Indian journal of veterinary science and animal husbandry - Volume 4,
Year: 1934
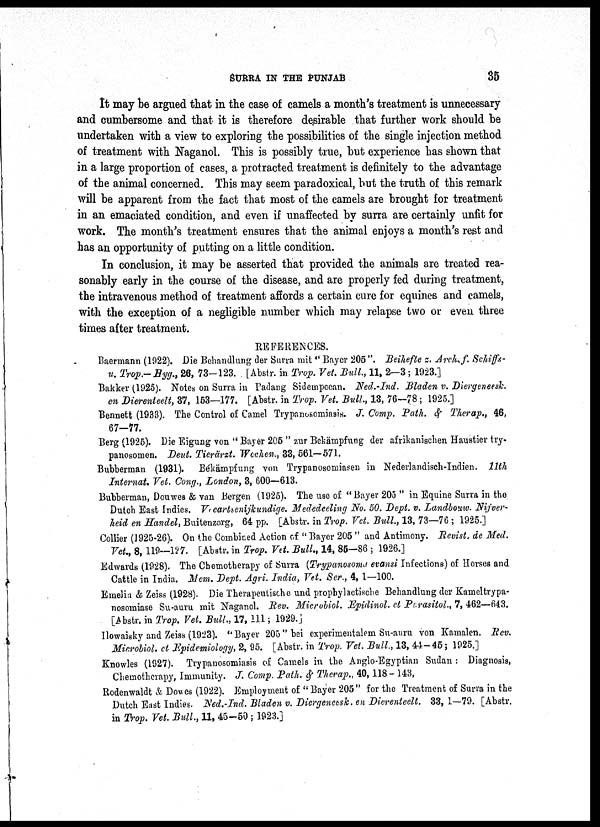
SURRA IN
THE
PUNJAB
35
It may be argued that in the case of camels a month's treatment is unnecessary
and cumbersome and that it is therefore desirable that further work should be
undertaken with a view to exploring the possibilities of the single injection method
of treatment with Naganol. This is possibly true, but experience has shown that
in a large proportion of cases, a protracted treatment is definitely to the advantage
of the animal concerned. This may seem paradoxical, but the truth of this remark
will be apparent from the fact that most of the camels are brought for treatment
in an emaciated condition, and even if unaffected by surra are certainly unfit for
work. The month's treatment ensures that the animal enjoys a month's rest and
has an opportunity of putting on a little condition.
In conclusion, it may be asserted that provided the animals are treated rea-
sonably early in the course of the disease, and are properly fed during treatment,
the intravenous method of treatment affords a certain cure for equines and camels,
with the exception of a negligible number which may relapse two or even three
times after treatment.
REFERENCES.
Baermann (1922). Die Behandlung der Surra mit " Bayer 205 ". Beihefte z. Arch. f. Schiffs¬
u. Trop.-Hyg., 26, 73-123. [Abstr. in Trop. Vet Bull., 11, 2-3; 1923.]
Bakker (1925). Notes on Surra in Padang Sidempoean. Ned.-Ind. Bladen v. Diergeneesk.
en Dierenteelt, 37, 153—177. [Abstr. in Trop. Vet. Bull., 13, 76—78 ; 1925.]
Bennett (1933). The Control of Camel Trypanosomiasis. J. Comp. Path. & Therap., 46,
67-77.
Berg (1925). Die Eigung von " Bayer 205 " zur Bekämpfung der afrikanischen Haustier try-
panosomen. Deut. Tierärzt. Wochen., 33, 561—571.
Bubberman (1931). Békämpfung von Trypanosomiasen in Nederlandisch-Indien. 11th
Internat. Vet. Cong., London, 3, 600—613.
Bubberman, Douwes & van Bergen (1925). The use of "Bayer 205 " in Equine Surra in the
Dutch East Indies. Veartsenijkundige. Mededeeling No. 50. Dept. v. Landbouw. Nijver-
heid en Handel, Buitenzorg, 64 pp. [Abstr. in Trop. Vet. Bull., 13, 73—76 ; 1925.]
Collier (1925-26). On the Combined Action of " Bayer 205 " and Antimony. Revist. de Med.
Vet., 8, 119—127. [Abstr. in Trop. Vet. Bull., 14, 85-86 ; 1926.]
Edwards (1928). The Chemotherapy of Surra (Trypanosoma evansi Infections) of Horses and
Cattle in India. Mem. Dept. Agri. India, Vet. Ser., 4, 1—100.
Emelia & Zeiss (1928). Die Therapeutische and prophylactische Behandlung der Kameltrypa¬
nosomiase Su-auru mit Naganol. Rev. Microbiol. Epidinol. et Parasitol., 7, 462—643.
[Abstr. in Trop. Vet. Bull., 17, 111; 1929.]
Howaisky and Zeiss (1923). "Bayer 205" bei experimentalem Su-auru von Kamalen. Rev.
Microbiol. et Epidemiology, 2, 95. [Abstr. in Trop. Vet. Bull., 13, 44-45 ; 1925.]
Knowles (1927). Trypanosomiasis of Camels in the Anglo-Egyptian Sudan : Diagnosis,
Chemotherapy, Immunity. J. Comp. Path. & Therap., 40,118 - 143,
Rodenwaldt & Dowes (1922). Employment of " Bayer 205" for the Treatment of Surra in the
Dutch Bust Indies. Ned.-Ind. Bladen v. Diergeneesk. en Dierenteelt. 33, 1—79. [Abstr.
in Trop. Vet. Bull., 11, 45-50 ; 1923.]